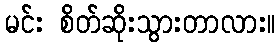
မင်း စိတ်ဆိုးသွားတာလား။